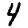
Digit: 4